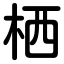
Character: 栖